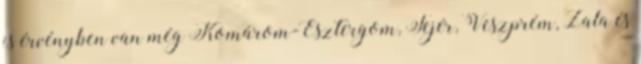
is érvényben van még Komárom-Esztergom, Fejér, Veszprém, Zala és